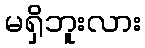
မရှိဘူးလား